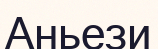
Аньези